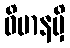
ဝိမာနမှိ